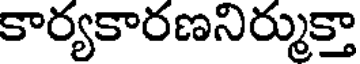
కార్యకారణనిర్ముక్తా